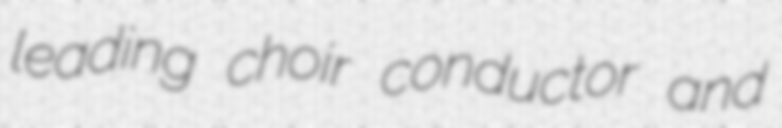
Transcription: leading choir conductor and